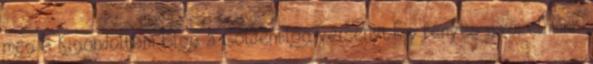
meg a Kigondoltam Blog a Goldenblog versenyt.Épp fényes győzelmünk